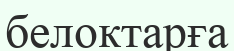
белоктарға